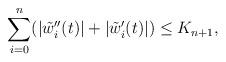
LaTeX: \begin{align*}\sum_{i=0}^n (|\tilde{w}_i''(t)| + |\tilde{w}_i'(t)|)\leq K_{n+1},\end{align*}